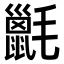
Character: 𣰫